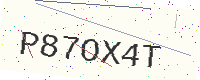
Text: P87OX4T